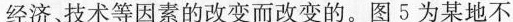
经济、技术等因素的改变而改变的。图5为某地不